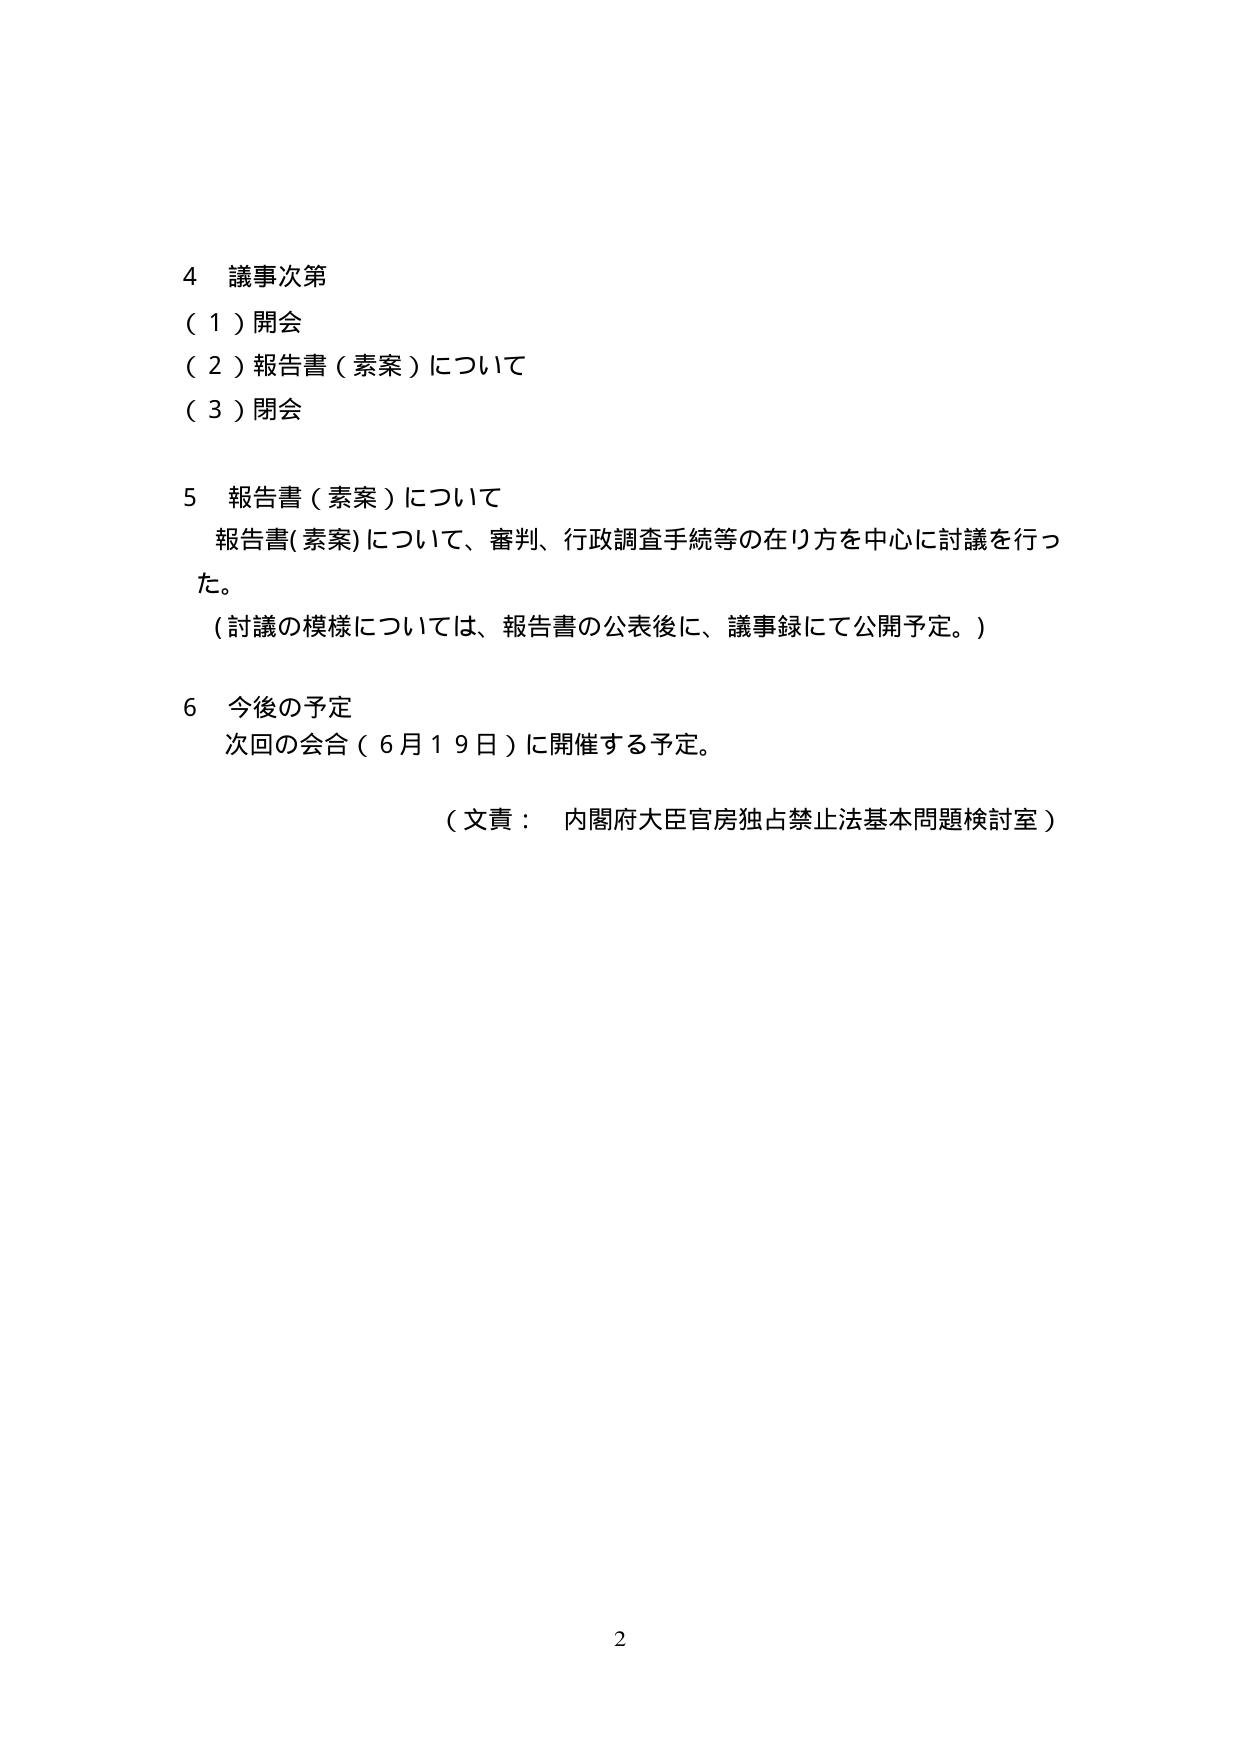
4 議事次第
（１）開会
（２）報告書（素案）について
（３）閉会

5 報告書（素案）について
報告書（素案）について、審判、行政調査手続等の在り方を中心に討議を行った。
（討議の模様については、報告書の公表後に、議事録にて公開予定。）

6 今後の予定
次回の会合（６月１９日）に開催する予定。

（文責： 内閣府大臣官房独占禁止法基本問題検討室）

2